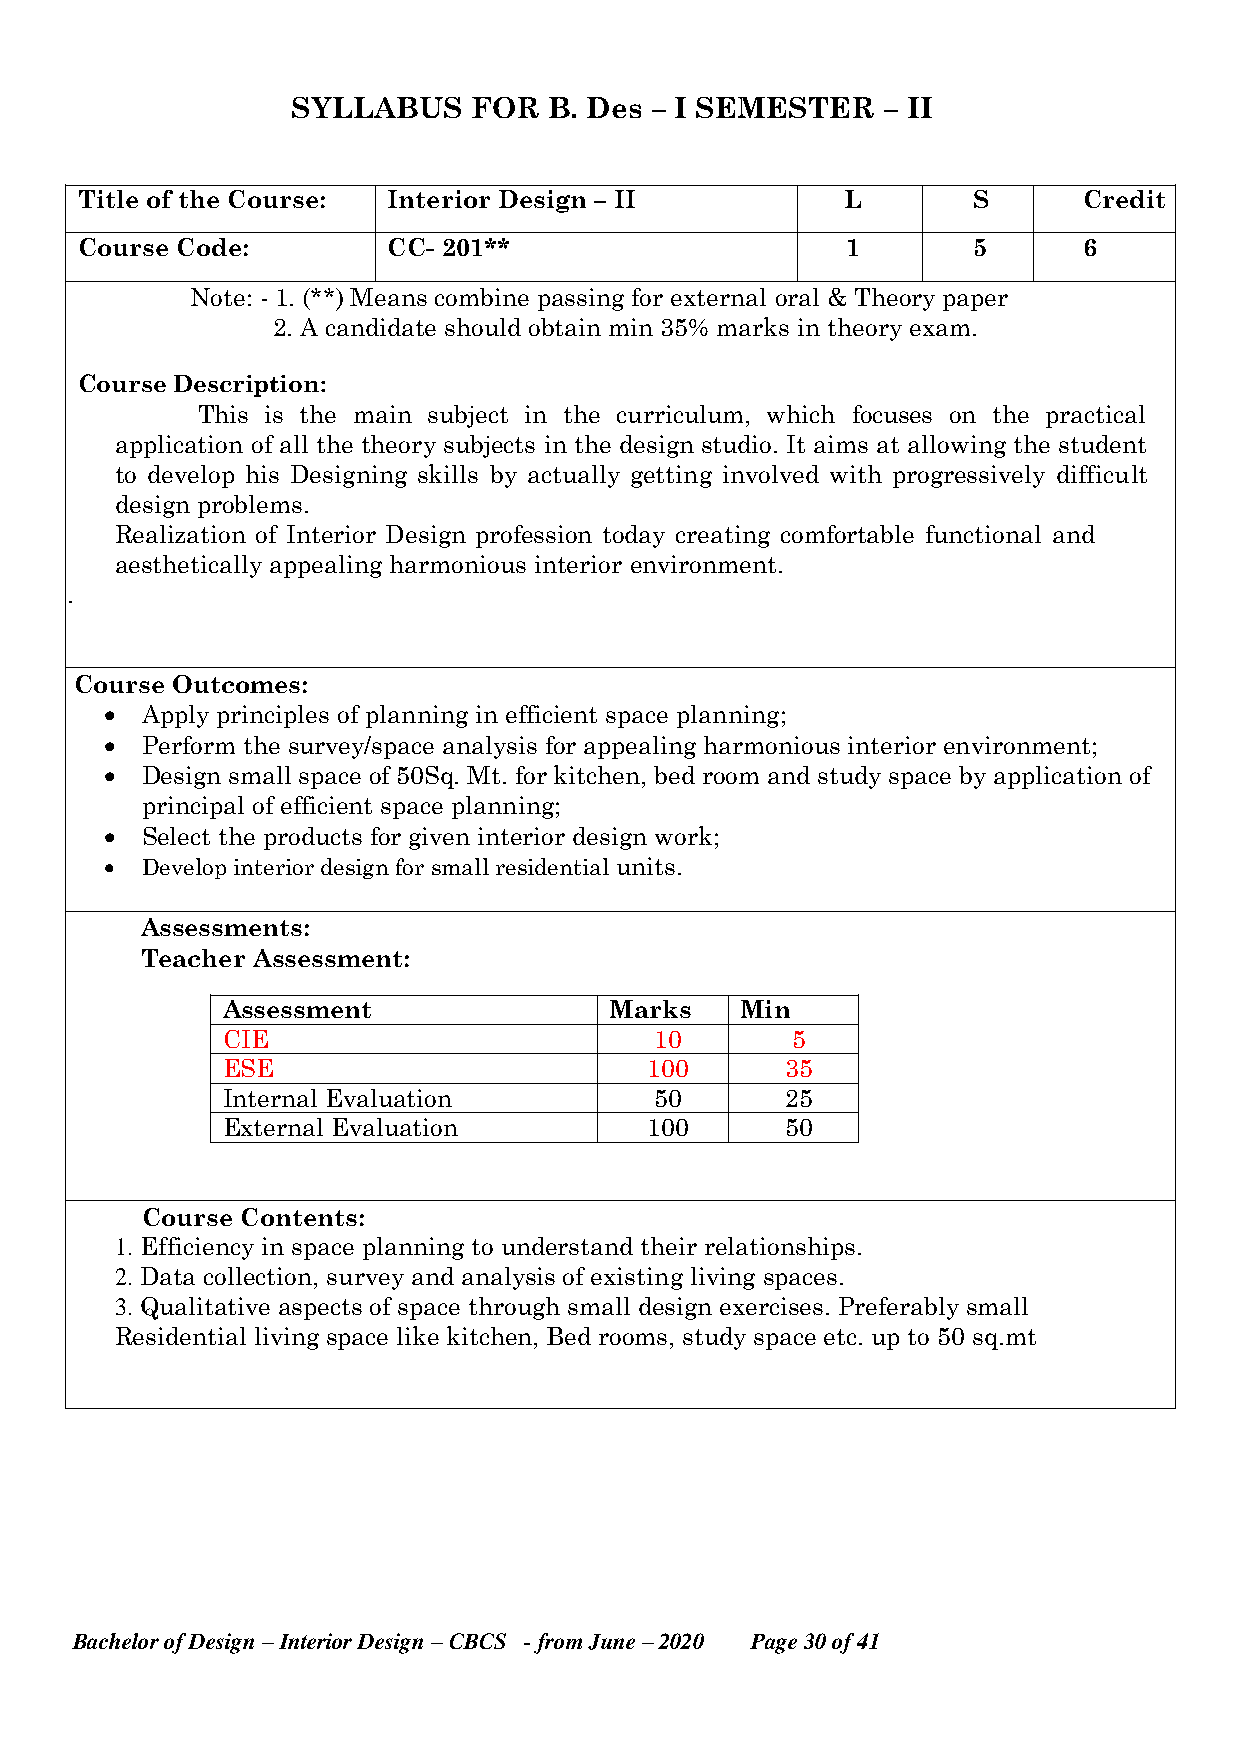
SYLLABUS    FOR  B. Des – I SEMESTER    – II
 Title of the Course: Interior Design – II          L       S       Credit
 Course Code:         CC- 201**                     1       5       6
 Note: - 1. (**) Means combine passing for external oral & Theory paper
 2. A candidate should obtain min 35% marks in theory exam.
 Course Description:
 This is the main subject in the curriculum, which focuses on the practical
 application of all the theory subjects in the design studio. It aims at allowing the student
 to develop his Designing skills by actually getting involved with progressively difficult
 design problems.
 Realization of Interior Design profession today creating comfortable functional and
 aesthetically appealing harmonious interior environment.
 .
 Course Outcomes:
  Apply principles of planning in efficient space planning;
  Perform the survey/space analysis for appealing harmonious interior environment;
  Design small space of 50Sq. Mt. for kitchen, bed room and study space by application of
 principal of efficient space planning;
  Select the products for given interior design work;
  Develop interior design for small residential units.
 Assessments:
 Teacher Assessment:
 Assessment               Marks    Min
 CIE                         10       5
 ESE                         100      35
 Internal Evaluation         50       25
 External Evaluation         100      50
 Course Contents:
 1. Efficiency in space planning to understand their relationships.
 2. Data collection, survey and analysis of existing living spaces.
 3. Qualitative aspects of space through small design exercises. Preferably small
 Residential living space like kitchen, Bed rooms, study space etc. up to 50 sq.mt
 Bachelor of Design – Interior Design – CBCS - from June – 2020 Page 30 of 41